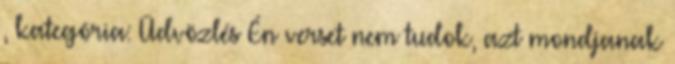
, kategória: Üdvözlés Én verset nem tudok, azt mondjanak